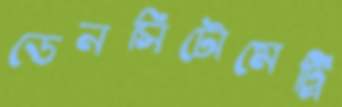
ডেনসিটোমেট্রি